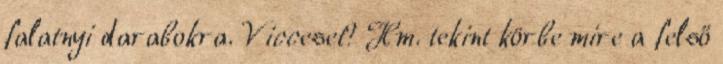
falatnyi darabokra. Vicceset? Hm. tekint körbe mire a felső